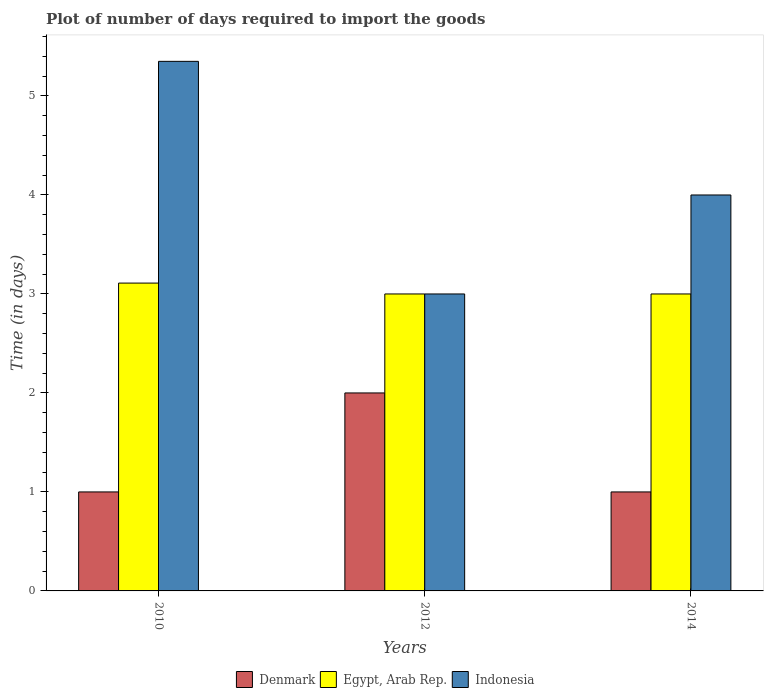
| Years | Denmark | Egypt, Arab Rep. | Indonesia |
 | --- | --- | --- | --- |
 | 2010 | 1 | 3.11 | 5.35 |
 | 2012 | 2 | 3 | 3 |
 | 2014 | 1 | 3 | 4 |